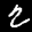
Label: 2